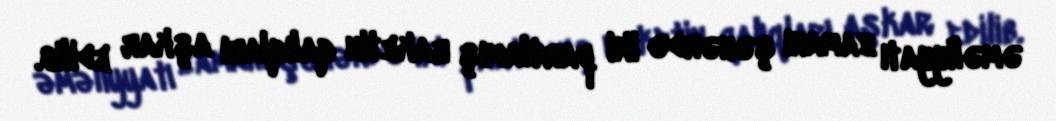
əməliyyatı zamanı şəhərdə iki partlamış raketin qalıqları aşkar edilib.